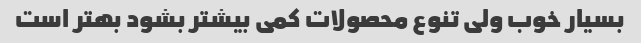
بسیار خوب ولی تنوع محصولات کمی بیشتر بشود بهتر است